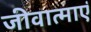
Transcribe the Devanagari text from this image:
जीवात्माएं